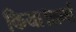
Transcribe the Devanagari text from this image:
किया।शर्मा